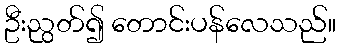
ဦးညွတ်၍ တောင်းပန်လေသည်။